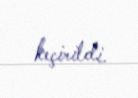
keçirildi.